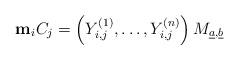
LaTeX: \begin{align*} \bold{m}_{i}C_{j}=\left(Y^{(1)}_{i,j},\ldots,Y^{(n)}_{i,j}\right)M_{\underline{a},\underline{b}}\end{align*}